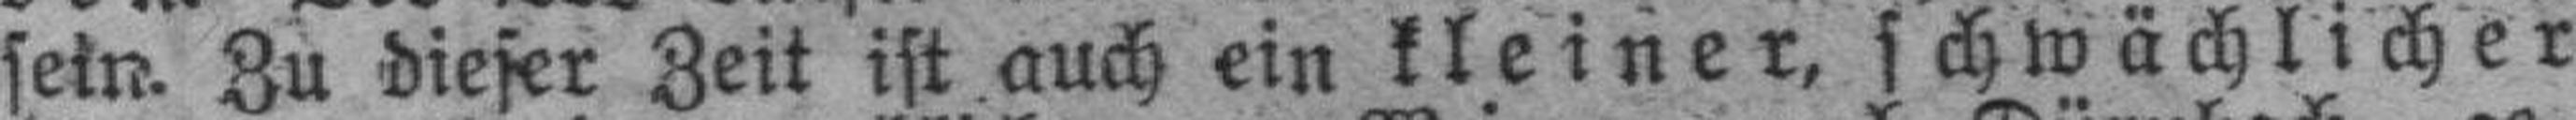
sein. Zu dieser Zeit ist auch ein kleiner, schwächlicher